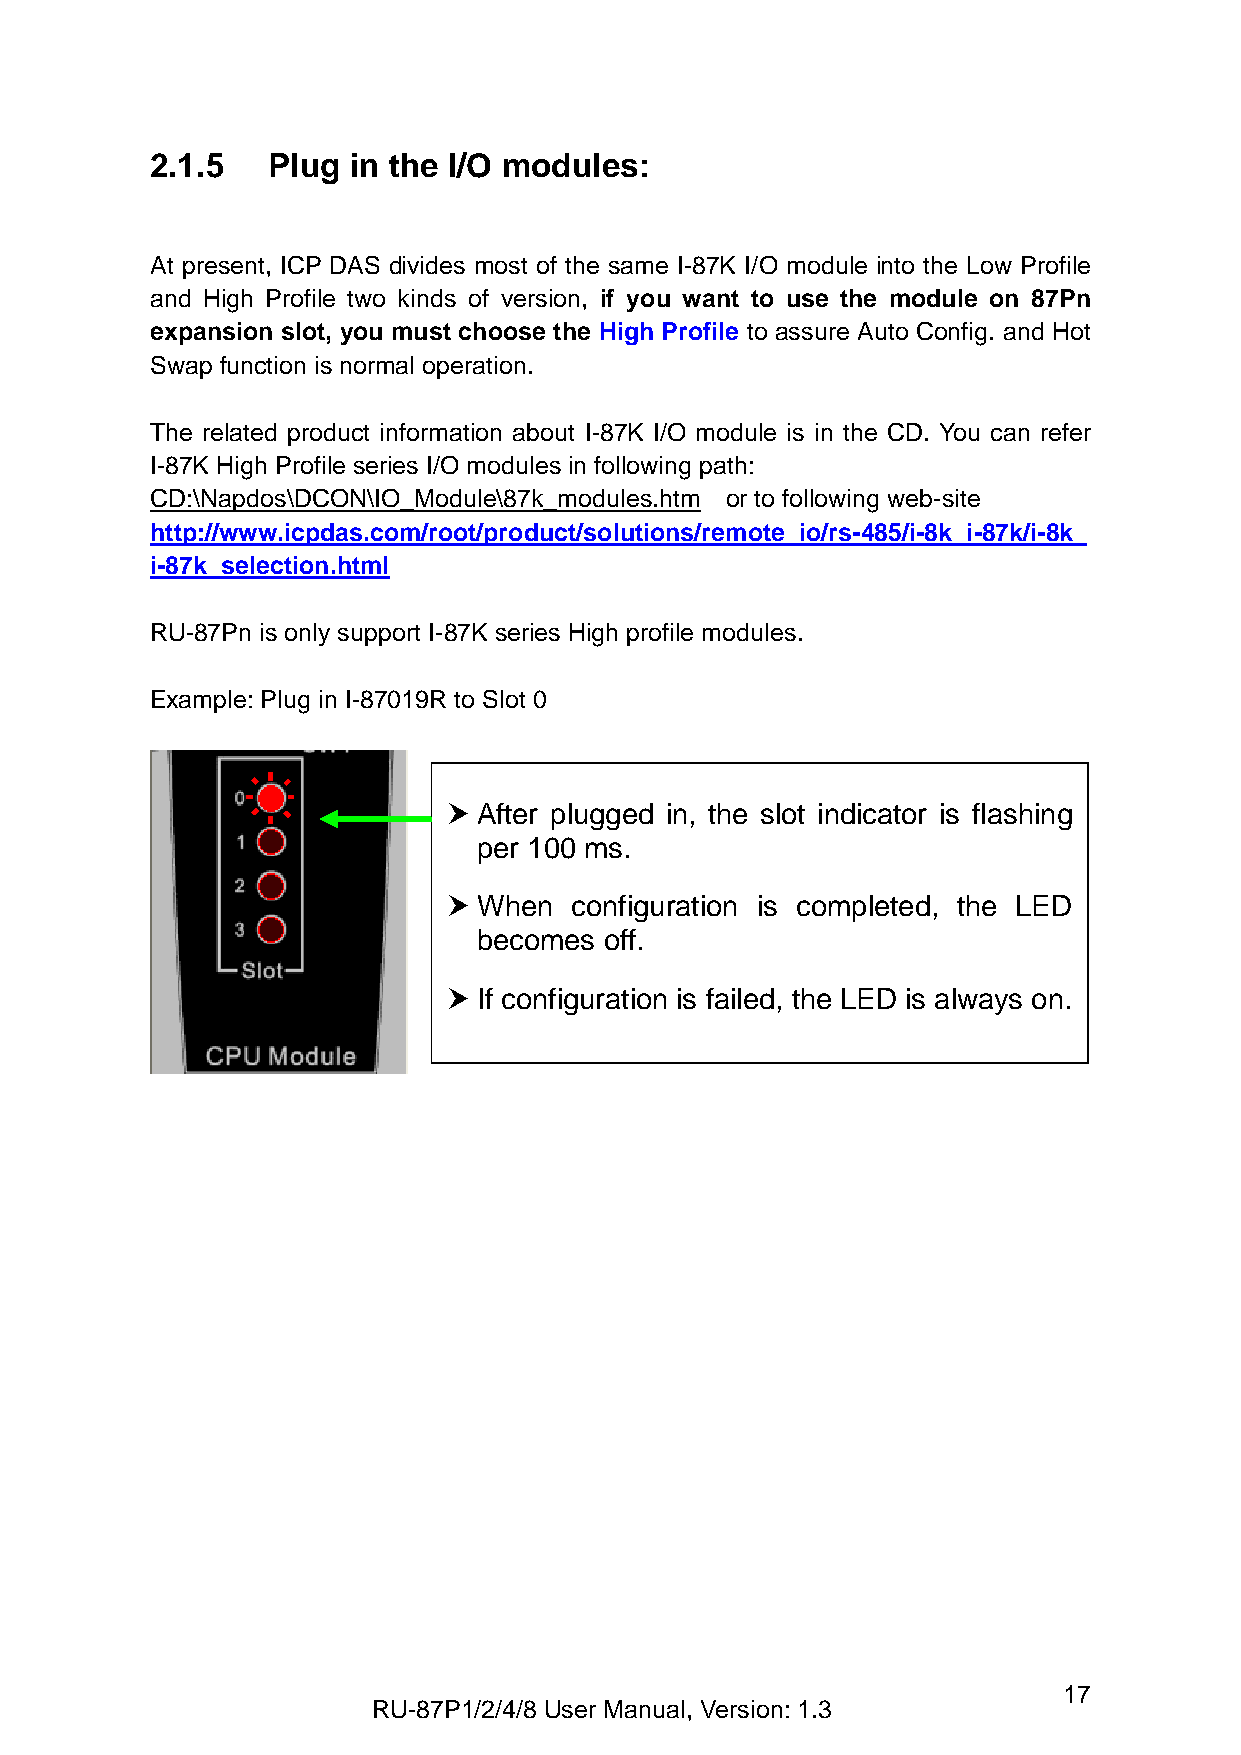
2.1.5   Plug in the I/O modules:
 At present, ICP DAS divides most of the same I-87K I/O module into the Low Profile
 and High Profile two kinds of version, if you want to use the module on 87Pn
 expansion slot, you must choose the High Profile to assure Auto Config. and Hot
 Swap function is normal operation.
 The related product information about I-87K I/O module is in the CD. You can refer
 I-87K High Profile series I/O modules in following path:
 CD:\Napdos\DCON\IO_Module\87k_modules.htm or to following web-site
 http://www.icpdas.com/root/product/solutions/remote_io/rs-485/i-8k_i-87k/i-8k_
 i-87k_selection.html
 RU-87Pn is only support I-87K series High profile modules.
 Example: Plug in I-87019R to Slot 0
  After plugged in, the slot indicator is flashing
 per 100 ms.
  When  configuration is completed, the LED
 becomes off.
  If configuration is failed, the LED is always on.
 17
 RU-87P1/2/4/8 User Manual, Version: 1.3